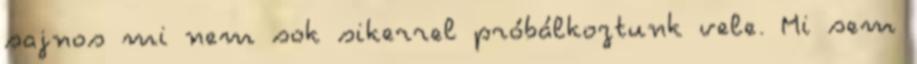
sajnos mi nem sok sikerrel próbálkoztunk vele. Mi sem